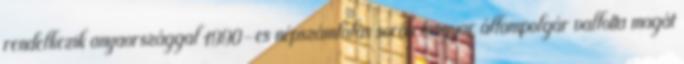
rendelkezik anyaországgal 1990-es népszámlálás során magyar állampolgár vallotta magát